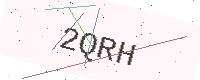
Text: 2QRH